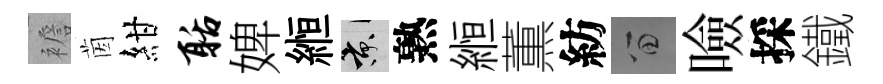
襜茵紺聒婢縆京熟縆薫紡留噞採鐵